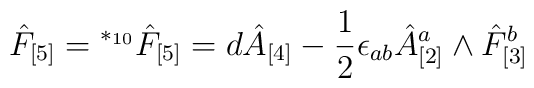
\hat F_{[5]} = {}^{*_{10}} \hat F_{[5]} = d\hat A_{[4]} - \frac12\epsilon_{ab} \hat A^a_{[2]} \wedge \hat F_{[3]}^b